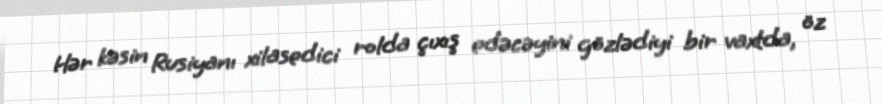
Hər kəsin Rusiyanı xilasedici rolda çıxış edəcəyini gözlədiyi bir vaxtda, öz